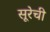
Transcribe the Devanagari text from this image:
सूरेची